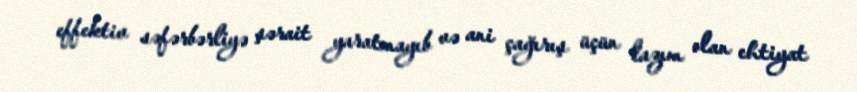
effektiv səfərbərliyə şərait yaratmayıb və ani çağırış üçün lazım olan ehtiyat